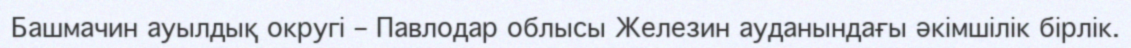
Башмачин ауылдық округі – Павлодар облысы Железин ауданындағы әкімшілік бірлік.